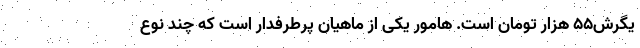
یگرش۵۵ هزار تومان است. هامور یکی از ماهیان پرطرفدار است که چند نوع